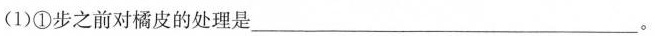
(1)①步之前对橘皮的处理是___。